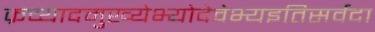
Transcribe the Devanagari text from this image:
क्रव्यादमुख्येभ्योदेवेभ्यइतिसर्वदा